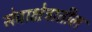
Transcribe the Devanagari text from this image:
सेवाक्षेत्रातील